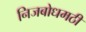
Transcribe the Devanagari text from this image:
निजबोधमठी